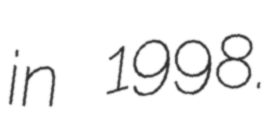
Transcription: in 1998.